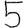
Digit: 5